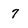
Character: 7